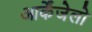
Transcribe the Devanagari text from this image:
आर्केंजेलो